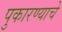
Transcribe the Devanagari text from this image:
पुकारण्याचे